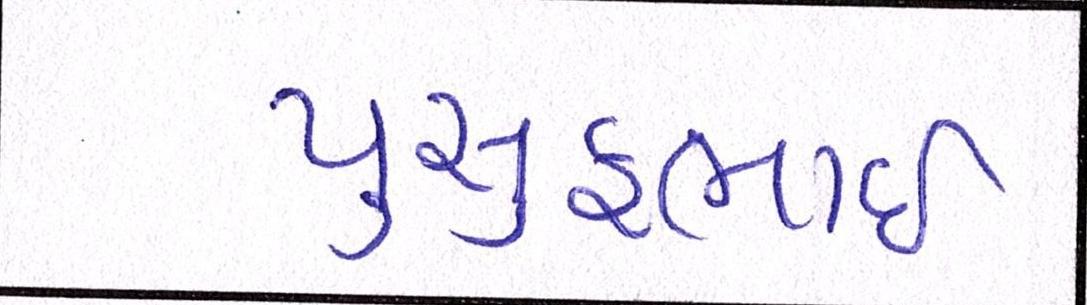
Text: યુસુફભાઈ